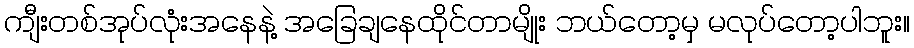
ကျီးတစ်အုပ်လုံးအနေနဲ့ အခြေချနေထိုင်တာမျိုး ဘယ်တော့မှ မလုပ်တော့ပါဘူး။